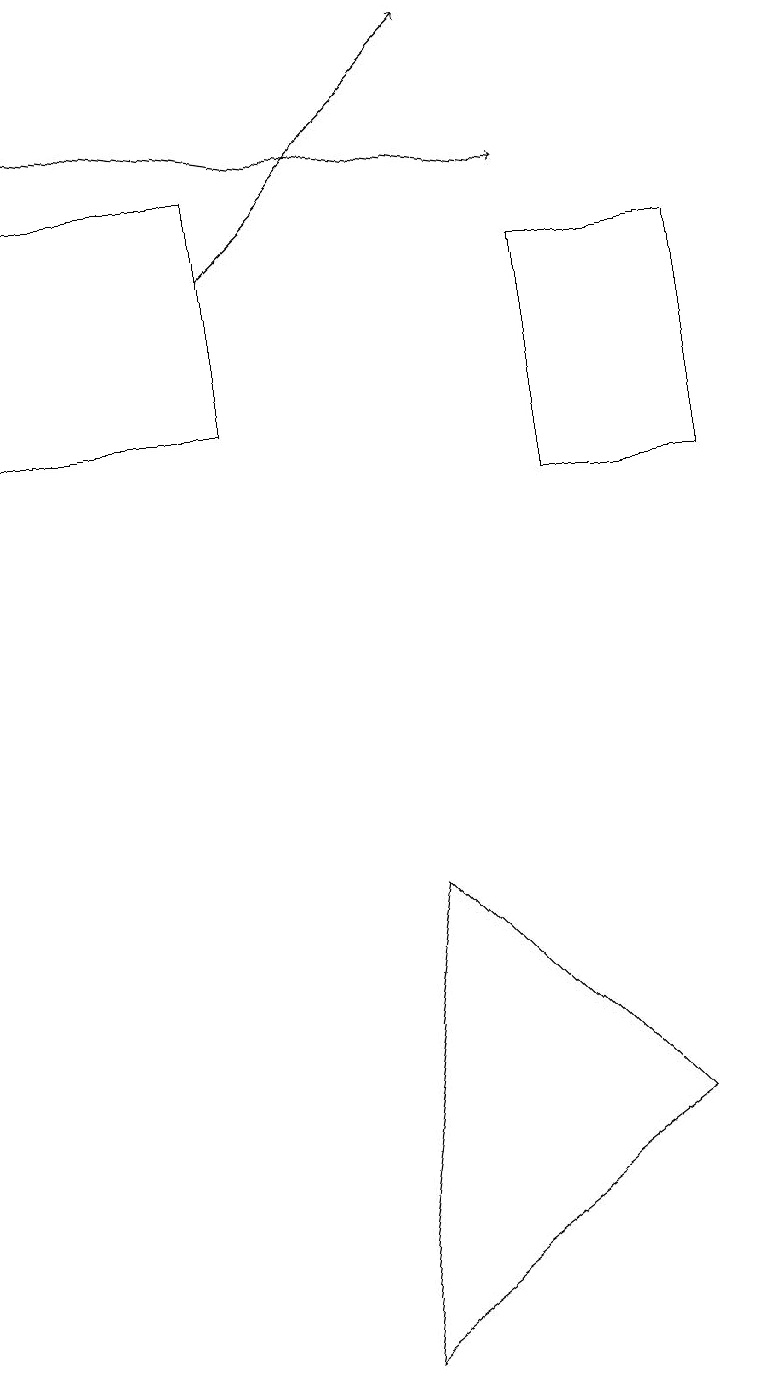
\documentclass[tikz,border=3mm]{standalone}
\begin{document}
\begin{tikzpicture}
\draw (3,14) rectangle (0,17);
\draw (7,13) rectangle (9,16);
\draw[->] (0,18) -- (7,17);
\draw[->] (3,16) -- (6,19);
\draw (8,5) -- (5,8) -- (4,2) -- cycle;
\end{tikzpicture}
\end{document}